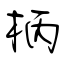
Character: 柄